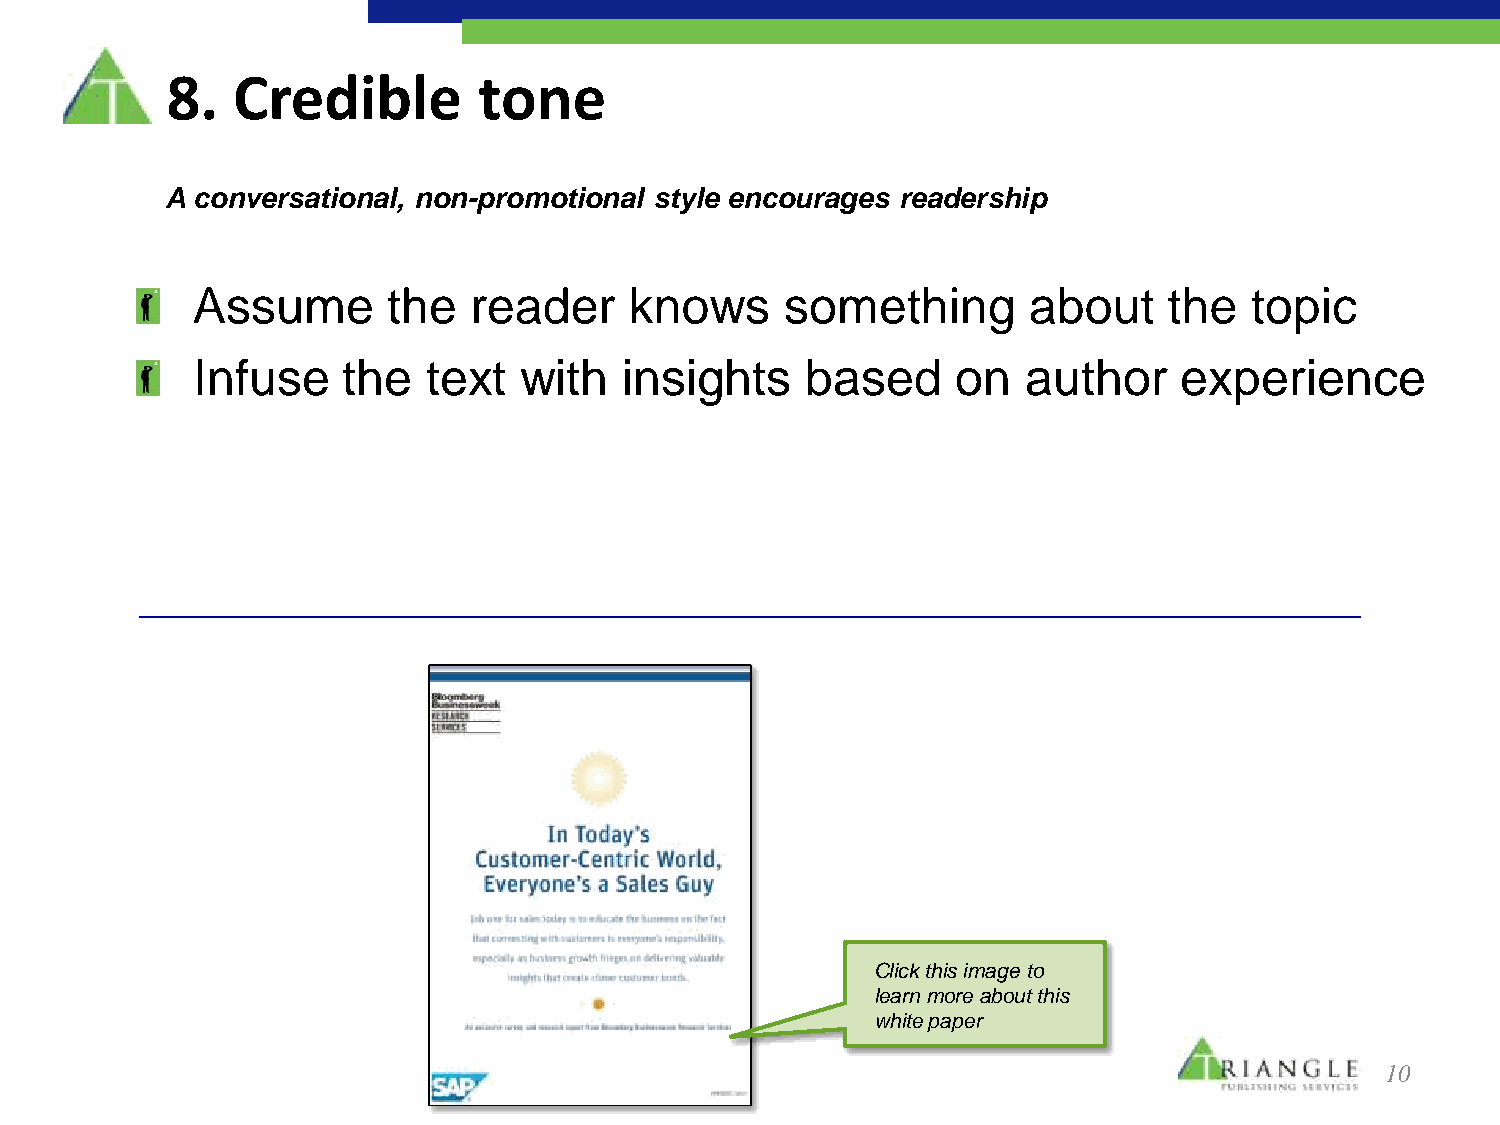
8.  Credible         tone
 A conversational, non-promotional style encourages readership
 Assume       the  reader     knows     something       about    the   topic
 Infuse    the  text  with   insights    based     on   author    experience
 Click this image to
 learn more about this
 white paper
 10